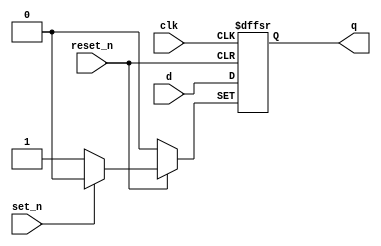
module _dff_rs_async(clk, set_n, reset_n, d, q); // Asynchronous Set/Resettable D flip flop
    input clk, set_n, reset_n, d; // input clock, set, reset, d
    output q; // output q
    reg q;

    always @(posedge clk or negedge set_n or negedge reset_n) begin // while (posedge clock || negedge set || negedge reset)
        if (reset_n == 0) 
            q <= 1'b0;
        else if (set_n == 0) 
            q <= 1'b1;
        else 
            q <= d;
    end
endmodule